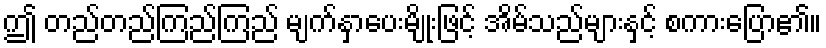
ဤ တည်တည်ကြည်ကြည် မျက်နှာပေးမျိုးဖြင့် အိမ်သည်များနှင့် စကားပြော၏။